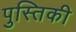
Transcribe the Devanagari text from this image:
पुस्तिकी